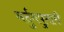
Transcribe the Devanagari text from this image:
मर्दुमषुमारी